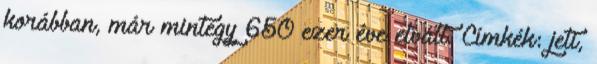
korábban, már mintegy 650 ezer éve elvált. Címkék: jeti,